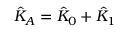
\hat { K } _ { A } = \hat { K } _ { 0 } + \hat { K } _ { 1 }